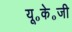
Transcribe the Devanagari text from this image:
यू॰के॰जी